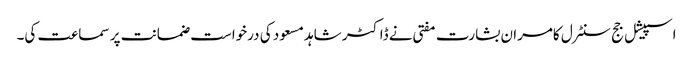
اسپیشل جج سنٹرل کامران بشارت مفتی نے ڈاکٹر شاہد مسعود کی درخواست ضمانت پر سماعت کی۔